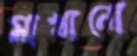
মাখানো